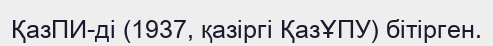
ҚазПИ-ді (1937, қазіргі ҚазҰПУ) бітірген.